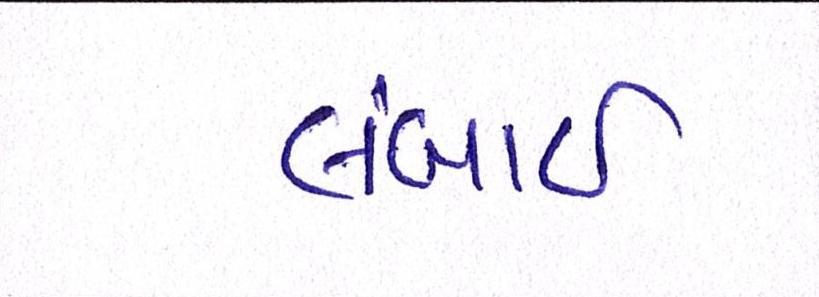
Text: લંબાઈ